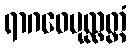
ရာဂဝေပုလ္လတ္တံ